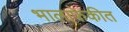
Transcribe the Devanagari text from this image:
भालाफेकीत